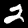
Label: 2